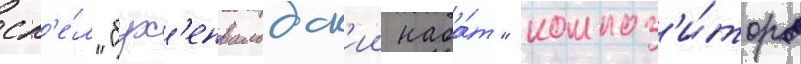
сп'е́л "бух'енвальдск'ии наба́т" композ'и́тора